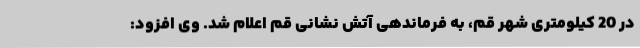
در 20 کیلومتری شهر قم، به فرماندهی آتش نشانی قم اعلام شد. وی افزود: